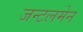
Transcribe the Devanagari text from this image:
जन्टलमेन